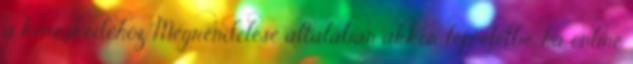
a kereskedőhöz. Megrendelése általában akkor lép életbe, ha online